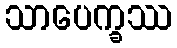
သာပေက္ခဿ